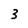
Character: 3